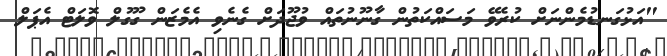
"އަޅުގަނޑުމެންނަށް ކުރެވޭ މަސައްކަތުން ގާނޫނުތައް ވުޖޫދަށް ގެނެވި އެމެޒަން ގޫގުލް ވޮލަޓް އެޕަލް